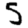
Digit: 5